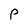
Character: p